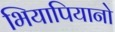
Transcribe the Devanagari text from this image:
भियापियानो